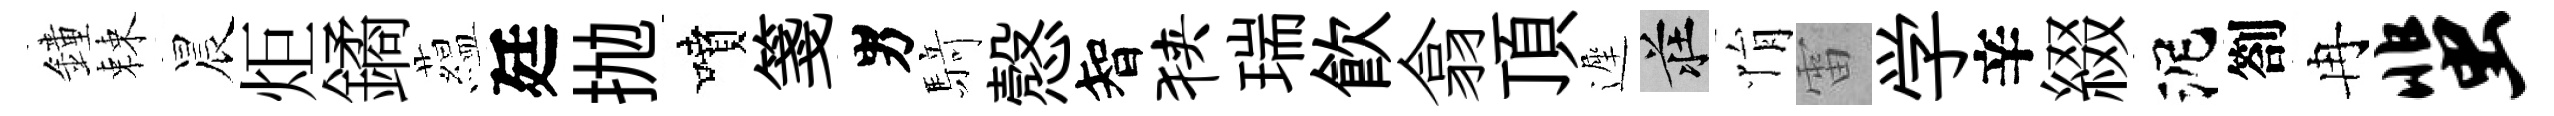
鐘棘晨炬鐍藴廷抛噴箋男𮪍慤智狭瑞飮翕頂遲莊悁雷学辛綴泥劄冉蜚